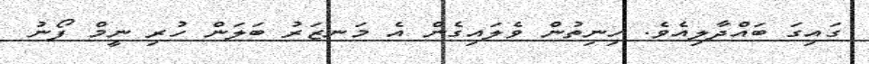
ގައިގަ ބައްދާލިއެވެ. ހިނިތުން ވެލައިގެން އެ މަނޒަރު ބަލަން ހުރި ނީމް ފޯނު